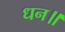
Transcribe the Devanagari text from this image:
धन॥